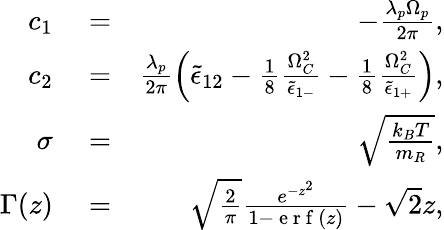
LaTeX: \begin{array}{rlr}{c_{1}}&{{}=}&{-\frac{\lambda_{p}\Omega_{p}}{2\pi},}\\ {c_{2}}&{{}=}&{\frac{\lambda_{p}}{2\pi}\left(\tilde{\epsilon}_{12}-\frac{1}{8}\frac{\Omega_{C}^{2}}{\tilde{\epsilon}_{1-}}-\frac{1}{8}\frac{\Omega_{C}^{2}}{\tilde{\epsilon}_{1+}}\right),}\\ {\sigma}&{{}=}&{\sqrt{\frac{k_{B}T}{m_{R}}},}\\ {\Gamma(z)}&{{}=}&{\sqrt{\frac{2}{\pi}}\frac{e^{-z^{2}}}{1-\mathrm{~e~r~f~}\left(z\right)}-\sqrt{2}z,}\end{array}